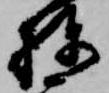
棟